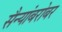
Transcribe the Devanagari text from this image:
सैन्यांबरोबर